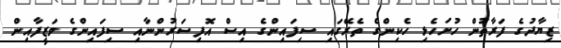
ޒިޔާދުގެ ފަރާތުން ހުށަހެޅި ހެކިންގެ ތެރޭގައި ސިފައިންގެ އިސް އޮފިސަރުންނާއި ސިފައިންގެ ވަޒީފާއިން